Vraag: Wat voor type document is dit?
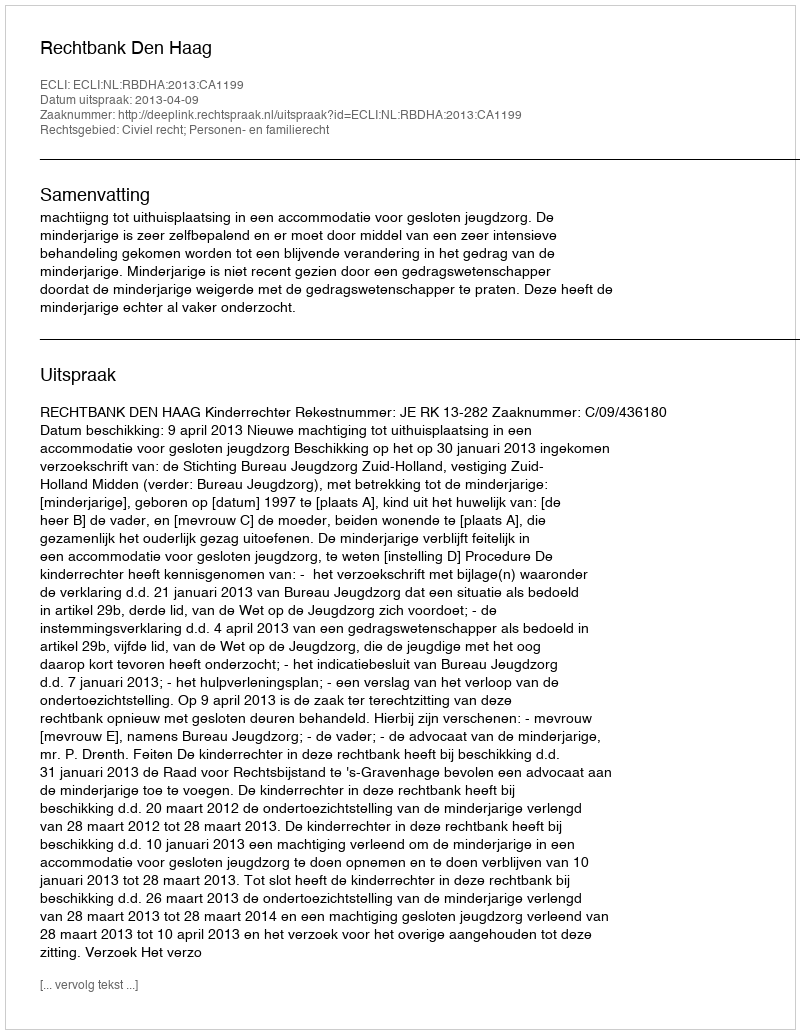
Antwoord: Uitspraak